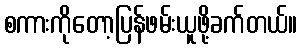
စကားကိုတော့ပြန်ဖမ်းယူဖို့ခက်တယ်။